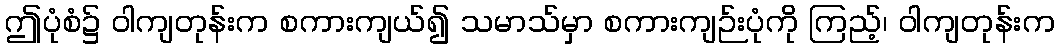
ဤပုံစံ၌ ဝါကျတုန်းက စကားကျယ်၍ သမာသ်မှာ စကားကျဉ်းပုံကို ကြည့်၊ ဝါကျတုန်းက